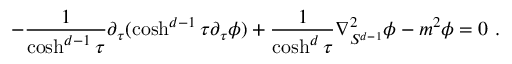
- \frac { 1 } { \cosh ^ { d - 1 } \tau } \partial _ { \tau } ( \cosh ^ { d - 1 } \tau \partial _ { \tau } \phi ) + \frac { 1 } { \cosh ^ { d } \tau } \nabla _ { S ^ { d - 1 } } ^ { 2 } \phi - m ^ { 2 } \phi = 0 \ .